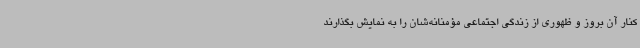
کنار آن بروز و ظهوری از زندگی اجتماعی مؤمنانه‌شان را به نمایش بگذارند